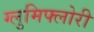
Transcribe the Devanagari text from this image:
ग्लुमिफ्लोरी